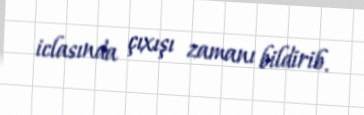
iclasında çıxışı zamanı bildirib.